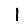
Digit: 1